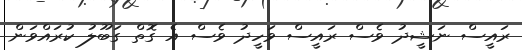
ރައީސް ނަޝީދު ވެސް ރައީސް ވަހީދު ވެސް އެ ގޮތް ގަބޫލު ކުރައްވަން